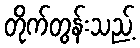
တိုက်တွန်းသည့်